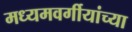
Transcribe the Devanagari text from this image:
मध्यमवर्गीयांच्या